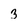
Character: 3